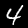
Label: 4